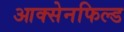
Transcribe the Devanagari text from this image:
आक्सेनफिल्ड